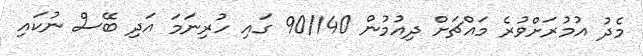
މެދު އުމުރަށްވުރެ މައްޗަށް ދިއުމުން 90/140 ގައި ހުރިނަމަ އަދި ބޭސް ނުކައި